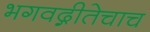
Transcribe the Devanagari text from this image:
भगवद्गीतेचाच